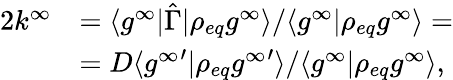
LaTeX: \begin{array}{rl}{2k^{\infty}}&{=\langle g^{\infty}\rvert\hat{\Gamma}\rvert\rho_{eq}g^{\infty}\rangle/\langle g^{\infty}\rvert\rho_{eq}g^{\infty}\rangle=}\\ &{=D\langle{g^{\infty}}^{\prime}\rvert\rho_{eq}{g^{\infty}}^{\prime}\rangle/\langle g^{\infty}\rvert\rho_{eq}g^{\infty}\rangle,}\end{array}